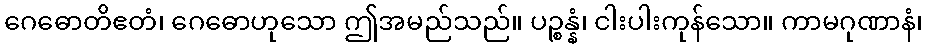
ဂေဓောတိဧတံ၊ ဂေဓောဟုသော ဤအမည်သည်။ ပဉ္စန္နံ၊ ငါးပါးကုန်သော။ ကာမဂုဏာနံ၊